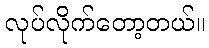
လုပ်လိုက်တော့တယ်။